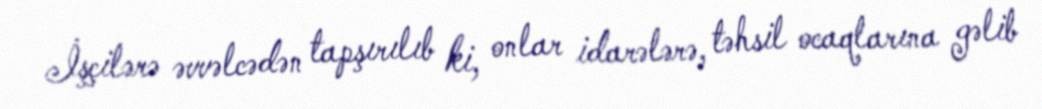
İşçilərə əvvəlcədən tapşırılıb ki, onlar idarələrə, təhsil ocaqlarına gəlib